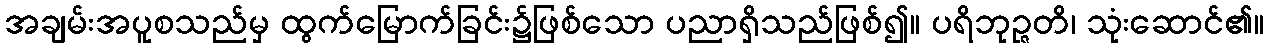
အချမ်းအပူစသည်မှ ထွက်မြောက်ခြင်း၌ဖြစ်သော ပညာရှိသည်ဖြစ်၍။ ပရိဘုဉ္ဇတိ၊ သုံးဆောင်၏။